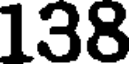
138